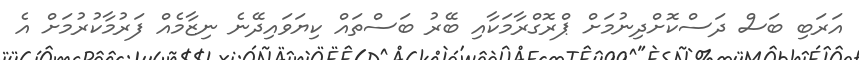
އަރަބި ބަސް ދަސްކޮށްދިނުމަށް ޕްރޮގްރާމަކާއި ބޭރު ބަސްތައް ކިޔަވައިދޭނެ ނިޒާމެއް ފަރުމާކުރުމަށް އެ